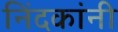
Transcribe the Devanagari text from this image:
निंदकांनी